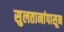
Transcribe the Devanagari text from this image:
सुलतानांपासून